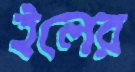
ইলের